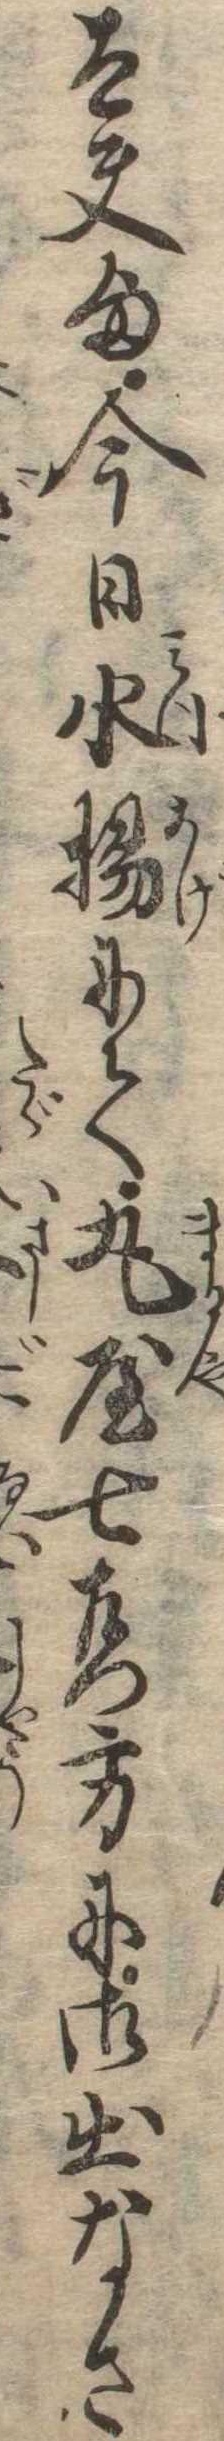
太夫様今日水揚にて丸屋七右門方に御出なさ